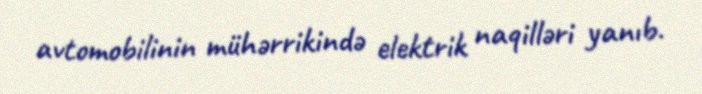
avtomobilinin mühərrikində elektrik naqilləri yanıb.